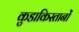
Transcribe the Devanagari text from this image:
कुडाकिस्तानों